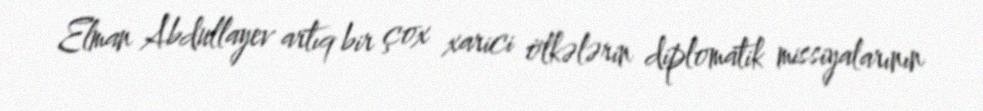
Elman Abdullayev artıq bir çox xarici ölkələrin diplomatik missiyalarının